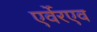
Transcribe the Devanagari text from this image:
एर्वेरएव